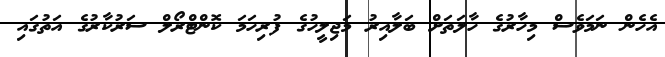
އެހެން ނަމަވެސް މިހާރުގެ ހާލަތަށް ބަލާއިރު މަޖިލީހުގެ ފުރިހަމަ ކޮންޓްރޯލް ސަރުކާރުގެ އަތުގައި